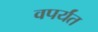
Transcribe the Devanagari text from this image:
वपर्यंत